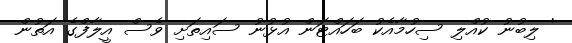
' ލިބުނު ކުއްލި ސިހުމާއެކު ބަހައްޓަން އުޅުނު ސައިތަށި ވެސް އީލާފްގެ އަތުން